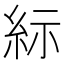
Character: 𱹯